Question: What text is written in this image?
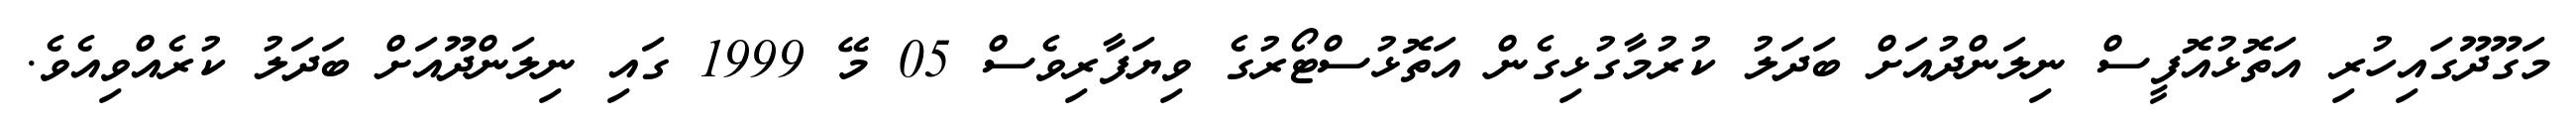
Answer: މަގޫދޫގައިހުރި އަތޮޅުއޮފީސް ނިލަންދުއަށް ބަދަލު ކުރުމާގުޅިގެން އަތޮޅުސްޓޯރުގެ ވިޔަފާރިވެސް 05 މޭ 1999 ގައި ނިލަންދޫއަށް ބަދަލު ކުރެއްވިއެވެ.